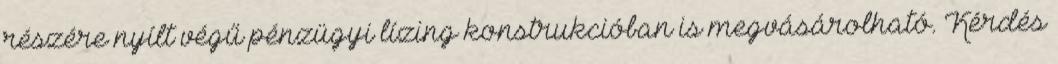
részére nyílt végű pénzügyi lízing konstrukcióban is megvásárolható. Kérdés